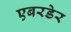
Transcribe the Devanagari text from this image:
एबरडेर